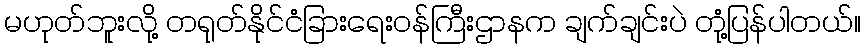
မဟုတ်ဘူးလို့ တရုတ်နိုင်ငံခြားရေးဝန်ကြီးဌာနက ချက်ချင်းပဲ တုံ့ပြန်ပါတယ်။